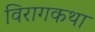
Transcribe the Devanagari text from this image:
विरागकथा